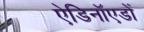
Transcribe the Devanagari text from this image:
ऐडिनॉएडों